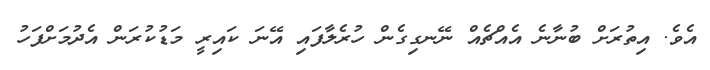
އެވެ. އިތުރަށް ބުނާނެ އެއްޗެއް ނޭނގިގެން ހުރެލާފައި އޭނަ ކައިރީ މަޑުކުރަން އެދުމަށްފަހު